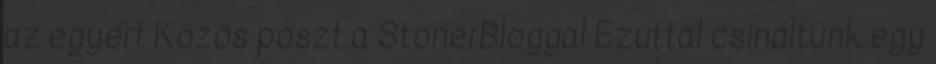
az egyért Közös poszt a StonerBloggal Ezúttal csináltunk egy